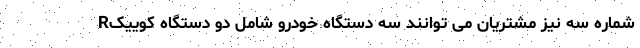
شماره سه نیز مشتریان می توانند سه دستگاه خودرو شامل دو دستگاه کوییکR